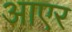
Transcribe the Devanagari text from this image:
आएर